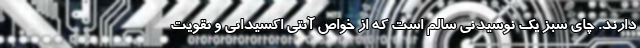
دارند. چای سبز یک نوشیدنی سالم است که از خواص آنتی اکسیدانی و تقویت